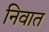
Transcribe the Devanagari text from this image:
निवात